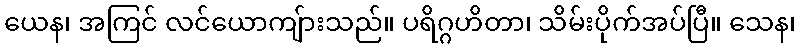
ယေန၊ အကြင် လင်ယောကျ်ားသည်။ ပရိဂ္ဂဟိတာ၊ သိမ်းပိုက်အပ်ပြီ။ သေန၊